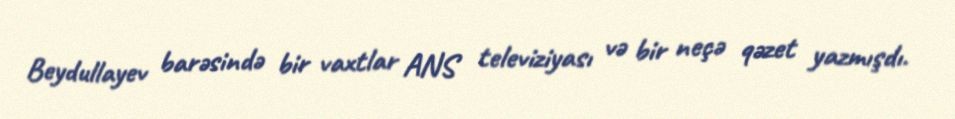
Beydullayev barəsində bir vaxtlar ANS televiziyası və bir neçə qəzet yazmışdı.